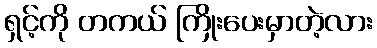
ရှင့်ကို တကယ် ကြိုးပေးမှာတဲ့လား